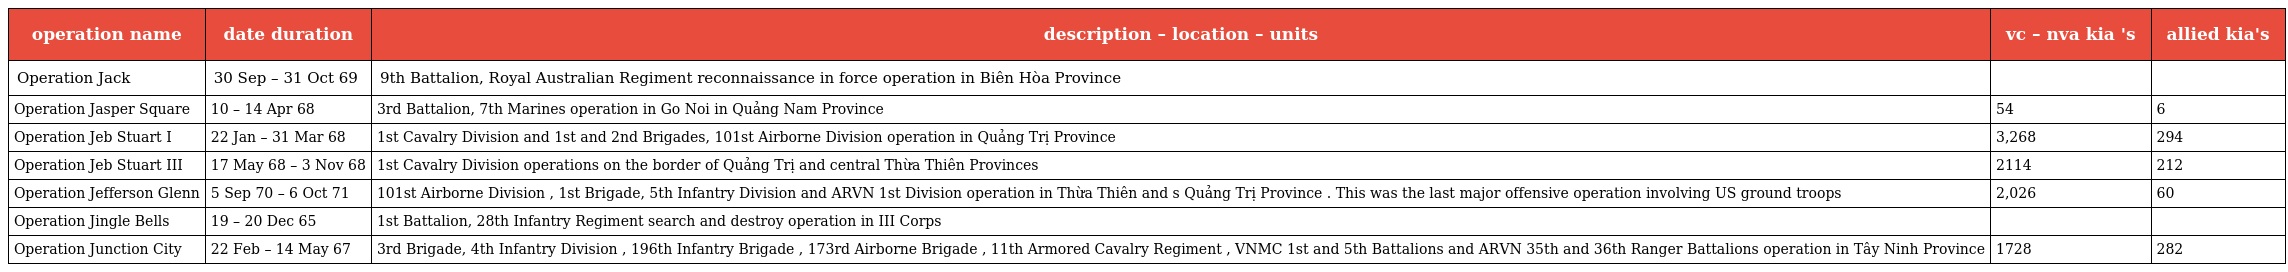
| operation name | date duration | description – location – units | vc – nva kia 's | allied kia's |
 | --- | --- | --- | --- | --- |
 | Operation Jack | 30 Sep – 31 Oct 69 | 9th Battalion, Royal Australian Regiment reconnaissance in force operation in Biên Hòa Province |  |  |
 | Operation Jasper Square | 10 – 14 Apr 68 | 3rd Battalion, 7th Marines operation in Go Noi in Quảng Nam Province | 54 | 6 |
 | Operation Jeb Stuart I | 22 Jan – 31 Mar 68 | 1st Cavalry Division and 1st and 2nd Brigades, 101st Airborne Division operation in Quảng Trị Province | 3,268 | 294 |
 | Operation Jeb Stuart III | 17 May 68 – 3 Nov 68 | 1st Cavalry Division operations on the border of Quảng Trị and central Thừa Thiên Provinces | 2114 | 212 |
 | Operation Jefferson Glenn | 5 Sep 70 – 6 Oct 71 | 101st Airborne Division , 1st Brigade, 5th Infantry Division and ARVN 1st Division operation in Thừa Thiên and s Quảng Trị Province . This was the last major offensive operation involving US ground troops | 2,026 | 60 |
 | Operation Jingle Bells | 19 – 20 Dec 65 | 1st Battalion, 28th Infantry Regiment search and destroy operation in III Corps |  |  |
 | Operation Junction City | 22 Feb – 14 May 67 | 3rd Brigade, 4th Infantry Division , 196th Infantry Brigade , 173rd Airborne Brigade , 11th Armored Cavalry Regiment , VNMC 1st and 5th Battalions and ARVN 35th and 36th Ranger Battalions operation in Tây Ninh Province | 1728 | 282 |